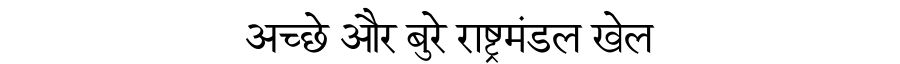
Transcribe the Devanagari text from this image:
अच्छे और बुरे राष्ट्रमंडल खेल